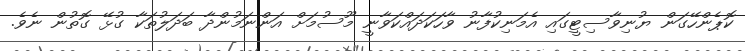
ކޮޕެންހޭގަން ޔުނިވާސިޓީގައި އެމަނިކުފާނު ވާހަކަދައްކަވާނީ މޫސުމަށް އަންނަމުންދާ ބަދަލުތަކާ ގުޅޭ ގޮތުން ނެވެ.